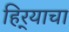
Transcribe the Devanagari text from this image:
हिर्‍याचा